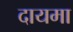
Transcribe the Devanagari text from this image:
दायमा